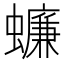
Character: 蠊